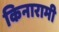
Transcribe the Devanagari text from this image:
किनारामी